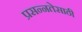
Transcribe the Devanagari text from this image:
प्रसन्नतेसाठी